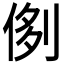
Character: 𠝓